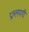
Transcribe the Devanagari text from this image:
प्रल्लयगी